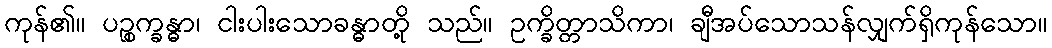
ကုန်၏။ ပဉ္စက္ခန္ဓာ၊ ငါးပါးသောခန္ဓာတို့ သည်။ ဥက္ခိတ္တာသိကာ၊ ချီအပ်သောသန်လျှက်ရှိကုန်သော။